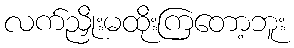
လက်ညှိုးမထိုးကြတော့ဘူး